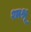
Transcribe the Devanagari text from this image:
श्मश्रू